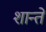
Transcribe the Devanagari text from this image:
शान्ते